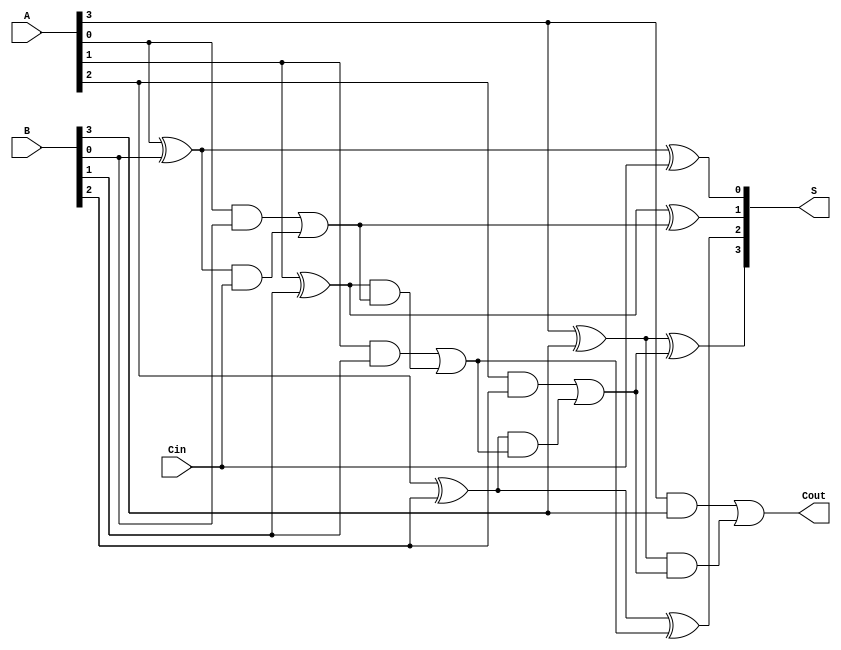
module conditional_sum_adder #(parameter N = 4) (
    input  [N-1:0] A,      // N-bit input A
    input  [N-1:0] B,      // N-bit input B
    input         Cin,      // Carry-in
    output [N-1:0] S,      // N-bit sum output
    output        Cout      // Carry-out
);
    wire [N:0] carry;       // Carry signals
    wire [N-1:0] sum;       // Sum signals
    wire [N-1:0] P;         // Propagate signals
    wire [N-1:0] G;         // Generate signals

    // Generate and propagate signals
    genvar i;
    generate
        for (i = 0; i < N; i = i + 1) begin : gen_prop
            assign P[i] = A[i] ^ B[i]; // Propagate
            assign G[i] = A[i] & B[i]; // Generate
        end
    endgenerate

    // Half adder for the least significant bit
    assign sum[0] = P[0] ^ Cin; // Sum for LSB
    assign carry[0] = G[0] | (P[0] & Cin); // Carry for LSB

    // Full adders for the other bits
    generate
        for (i = 1; i < N; i = i + 1) begin : full_adders
            assign sum[i] = P[i] ^ carry[i-1]; // Sum calculation
            assign carry[i] = G[i] | (P[i] & carry[i-1]); // Carry calculation
        end
    endgenerate

    // Final carry out
    assign Cout = carry[N-1];

    // Assign sum output
    assign S = sum;

endmodule